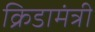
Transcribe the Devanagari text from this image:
क्रिडामंत्री